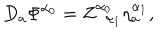
LaTeX: D _ { a } \Phi ^ { \alpha _ { 0 } } = Z _ { \; \; \alpha _ { 1 } } ^ { \alpha _ { 0 } } \eta _ { a } ^ { \alpha _ { 1 } } ,